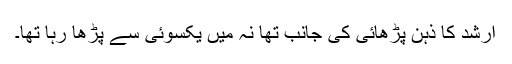
ارشد کا ذہن پڑھائی کی جانب تھا نہ میں یکسوئی سے پڑھا رہا تھا۔